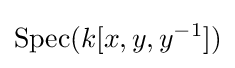
\operatorname {Spec} (k[x,y,y^{-1}])